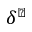
\delta ^ { \sharp }